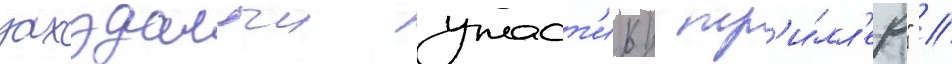
захудалыи ужаст'ик/ тр'и́лл'ер" //